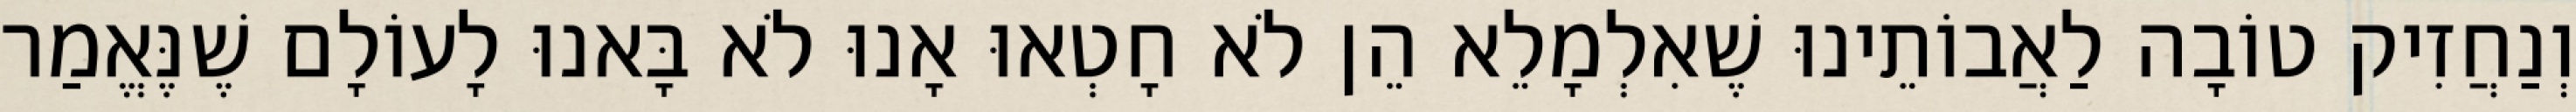
וְנַחֲזִיק טוֹבָה לַאֲבוֹתֵינוּ שֶׁאִלְמָלֵא הֵן לֹא חָטְאוּ אָנוּ לֹא בָּאנוּ לָעוֹלָם שֶׁנֶּאֱמַר